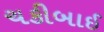
ચકીબાઈ